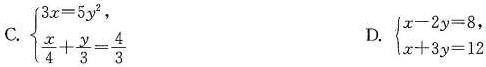
C. $$\begin {cases}